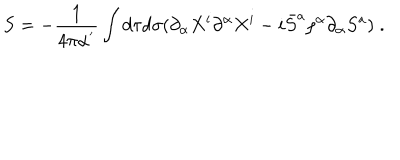
S = - \frac { 1 } { 4 \pi \alpha ^ { ' } } \int d \tau d \sigma ( \partial _ { \alpha } X ^ { i } \partial ^ { \alpha } X ^ { i } - i \bar { S } ^ { a } \rho ^ { \alpha } \partial _ { \alpha } S ^ { a } ) \; .